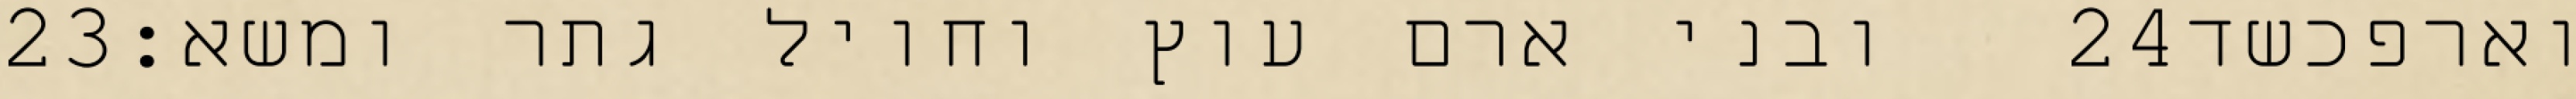
‎23‏ ובני ארם עוץ וחויל גתר ומשא׃ ‎24‏ וארפכשד